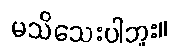
မသိသေးပါဘူး။